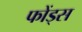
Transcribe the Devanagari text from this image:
फोंड्स